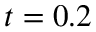
t = 0 . 2